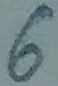
Text: 6